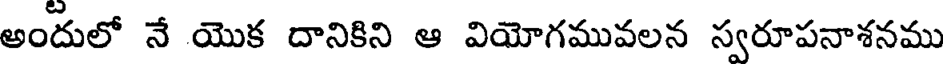
అందులో నే యొక దానికిని ఆ వియోగమువలన స్వరూపనాశనము